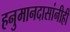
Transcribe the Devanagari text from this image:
हनुमानदासांनीही